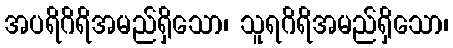
အပရိဂိရိအမည်ရှိသော၊ သူရဂိရိအမည်ရှိသော၊